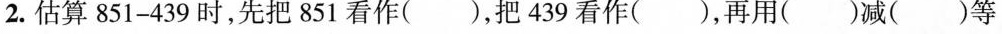
2.估算$$8 5 1 - 4 3 9 $$时，先把851看作()，把439看作()，再用()减()等